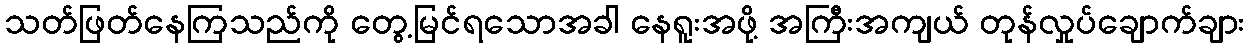
သတ်ဖြတ်နေကြသည်ကို တွေ့မြင်ရသောအခါ နေရူးအဖို့ အကြီးအကျယ် တုန်လှုပ်ချောက်ချား